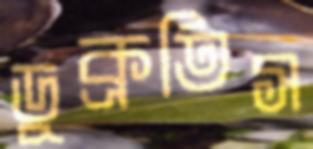
ডুক্‌রতিস